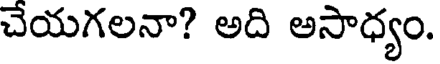
చేయగలనా? అది అసాధ్యం.